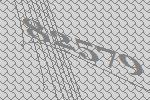
82579